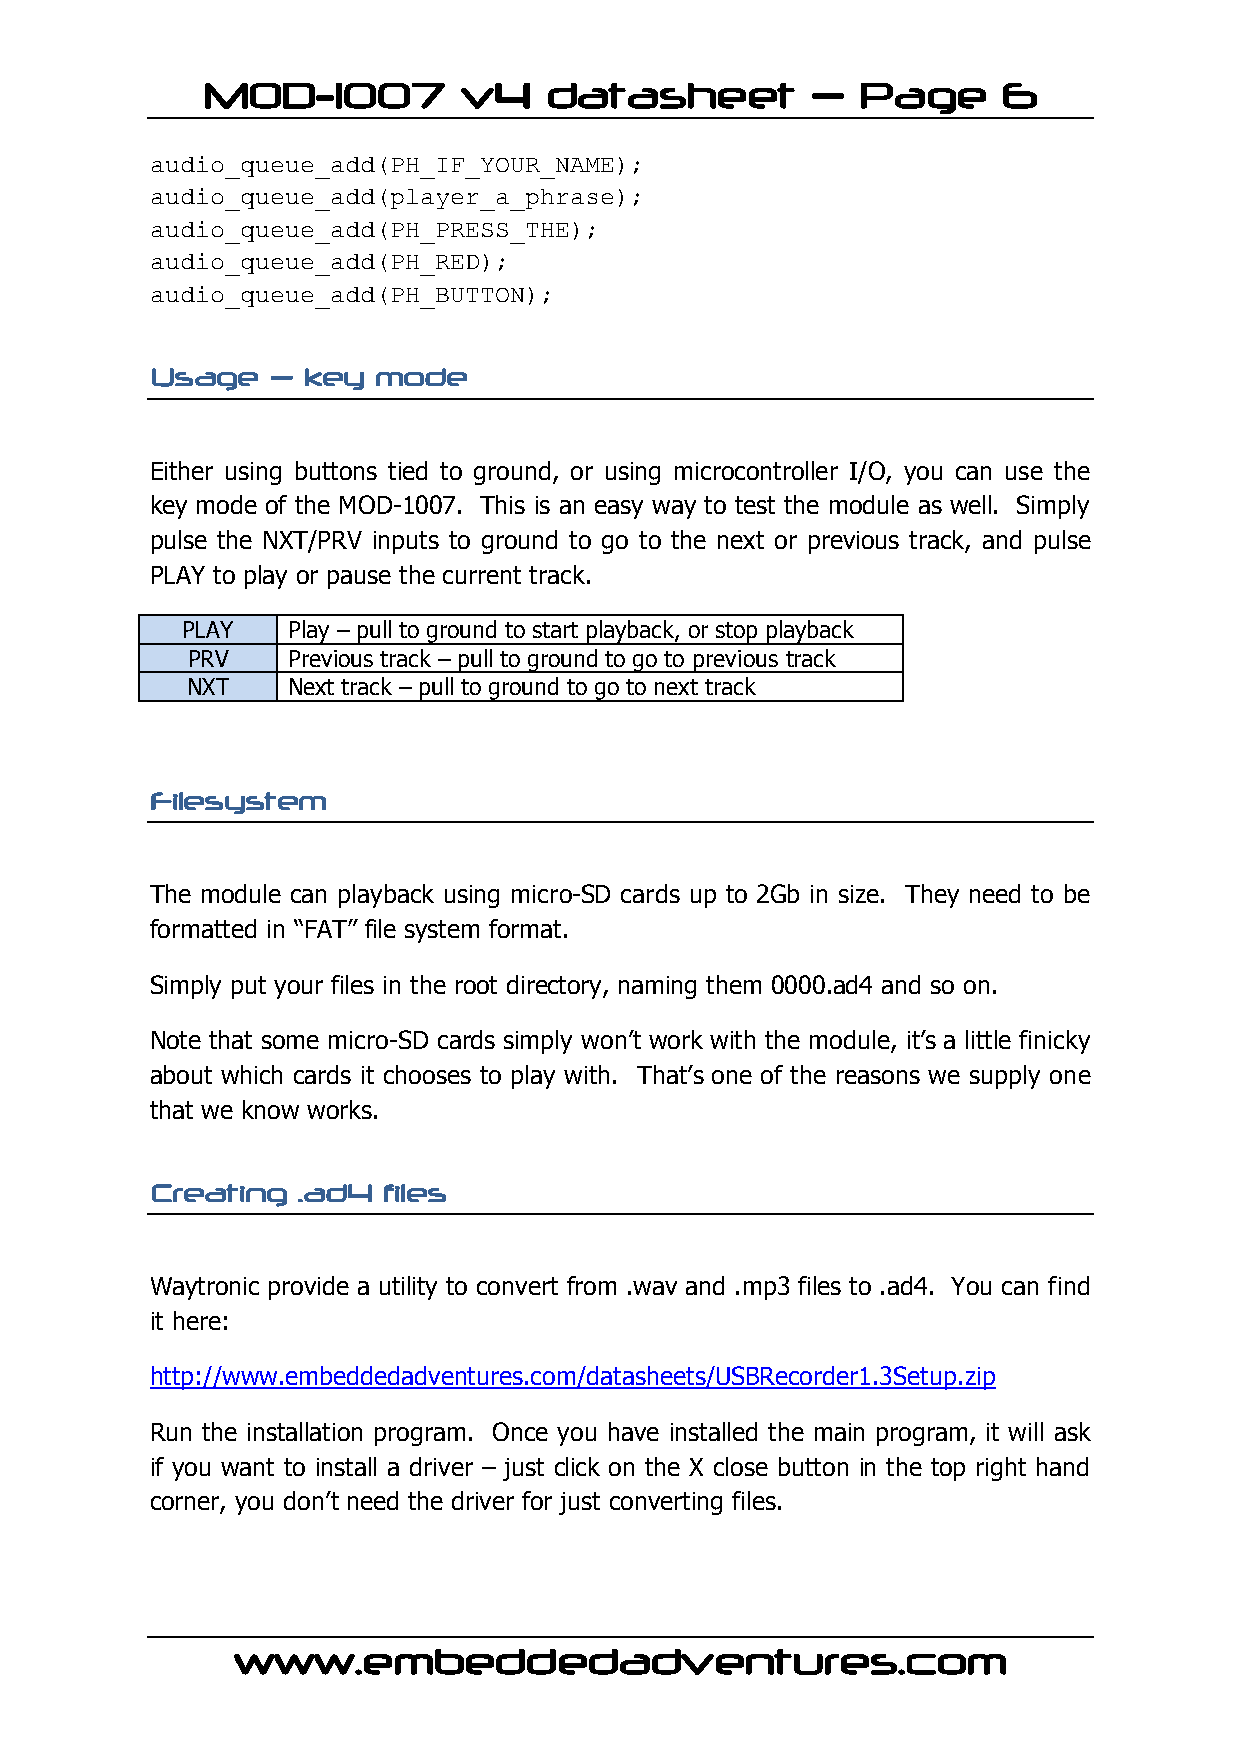
MOD-1007         v4    datasheet         –  Page     6
 audio_queue_add(PH_IF_YOUR_NAME);
 audio_queue_add(player_a_phrase);
 audio_queue_add(PH_PRESS_THE);
 audio_queue_add(PH_RED);
 audio_queue_add(PH_BUTTON);
 Usage   – key  mode
 Either using buttons tied to ground, or using microcontroller I/O, you can use the
 key mode of the MOD-1007. This is an easy way to test the module as well. Simply
 pulse the NXT/PRV inputs to ground to go to the next or previous track, and pulse
 PLAY to play or pause the current track.
 PLAY   Play – pull to ground to start playback, or stop playback
 PRV    Previous track – pull to ground to go to previous track
 NXT    Next track – pull to ground to go to next track
 Filesystem
 The module can playback using micro-SD cards up to 2Gb in size. They need to be
 formatted in “FAT” file system format.
 Simply put your files in the root directory, naming them 0000.ad4 and so on.
 Note that some micro-SD cards simply won’t work with the module, it’s a little finicky
 about which cards it chooses to play with. That’s one of the reasons we supply one
 that we know works.
 Creating  .ad4 files
 Waytronic provide a utility to convert from .wav and .mp3 files to .ad4. You can find
 it here:
 http://www.embeddedadventures.com/datasheets/USBRecorder1.3Setup.zip
 Run the installation program. Once you have installed the main program, it will ask
 if you want to install a driver – just click on the X close button in the top right hand
 corner, you don’t need the driver for just converting files.
 www.embeddedadventures.com